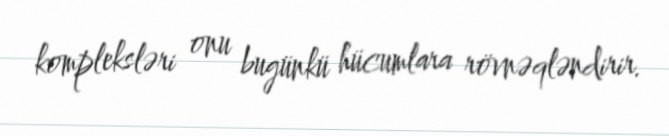
kompleksləri onu bugünkü hücumlara rövnəqləndirir.